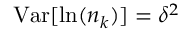
\mathrm { V a r } [ \ln ( n _ { k } ) ] = \delta ^ { 2 }